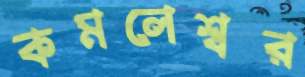
কমলেশ্বর